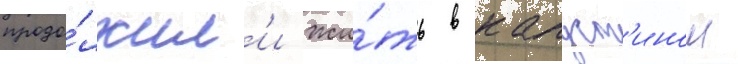
продо́лжил'и жи́ть в капуст'ином